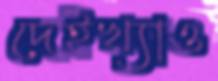
দেইখ্যাও